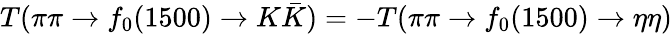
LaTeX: T(\pi\pi\to f_{0}(1500)\to K\bar{K})=-T(\pi\pi\to f_{0}(1500)\to\eta\eta)